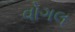
વોગલ